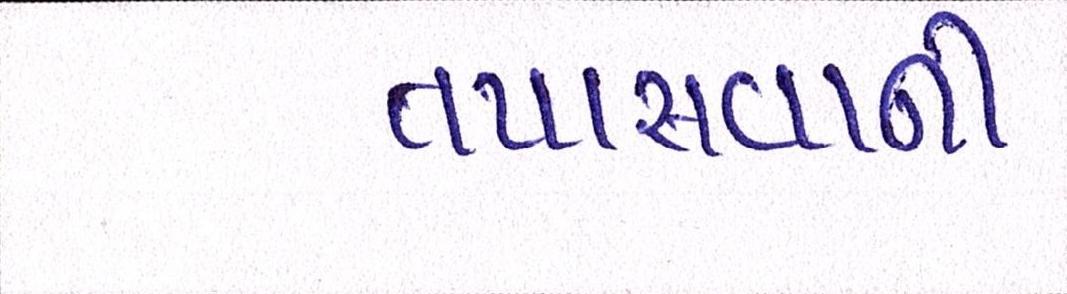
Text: તપાસવાની